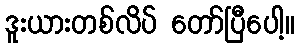
ဒူးယားတစ်လိပ် တော်ပြီပေါ့။